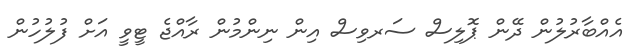
އެއްބާރުލުން ދޭން ޕޮލިސް ސަރވިސް އިން ނިންމުން ރާއްޖެ ޓީވީ އަށް ފުލުހުން